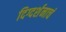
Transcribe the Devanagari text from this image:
दिग्दर्शनाचं